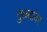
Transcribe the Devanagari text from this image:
तुळ्यांवर